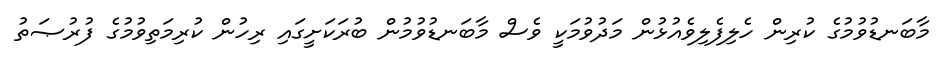
މާބަނޑުވުމުގެ ކުރިން ހެލިފެލިވެއުޅުން މަދުވުމަކީ ވެސް މާބަނޑުވުމުން ބުރަކަށީގައި ރިހުން ކުރިމަތިވުމުގެ ފުރުޞަތު